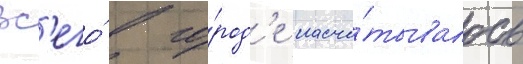
Вс'его́ в го́род'е насчи́тывалось